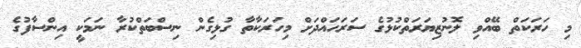
މި ހަރަކަތް ބޭއްވި ލޮނުޒިޔަރަތްކުޅުގެ ސަރަހައްދަށް މިހަރަކާތާ ގުޅިގެން ނިސްބަތްކުރާ ނަމަކީ އިންސާފުގެ